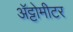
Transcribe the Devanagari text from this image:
अॅट्टोमीटर